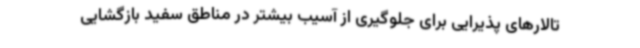
تالارهای پذیرایی برای جلوگیری از آسیب بیشتر در مناطق سفید بازگشایی